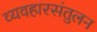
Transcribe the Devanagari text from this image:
व्यवहारसंतुलन